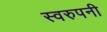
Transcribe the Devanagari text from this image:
स्वरुपनी